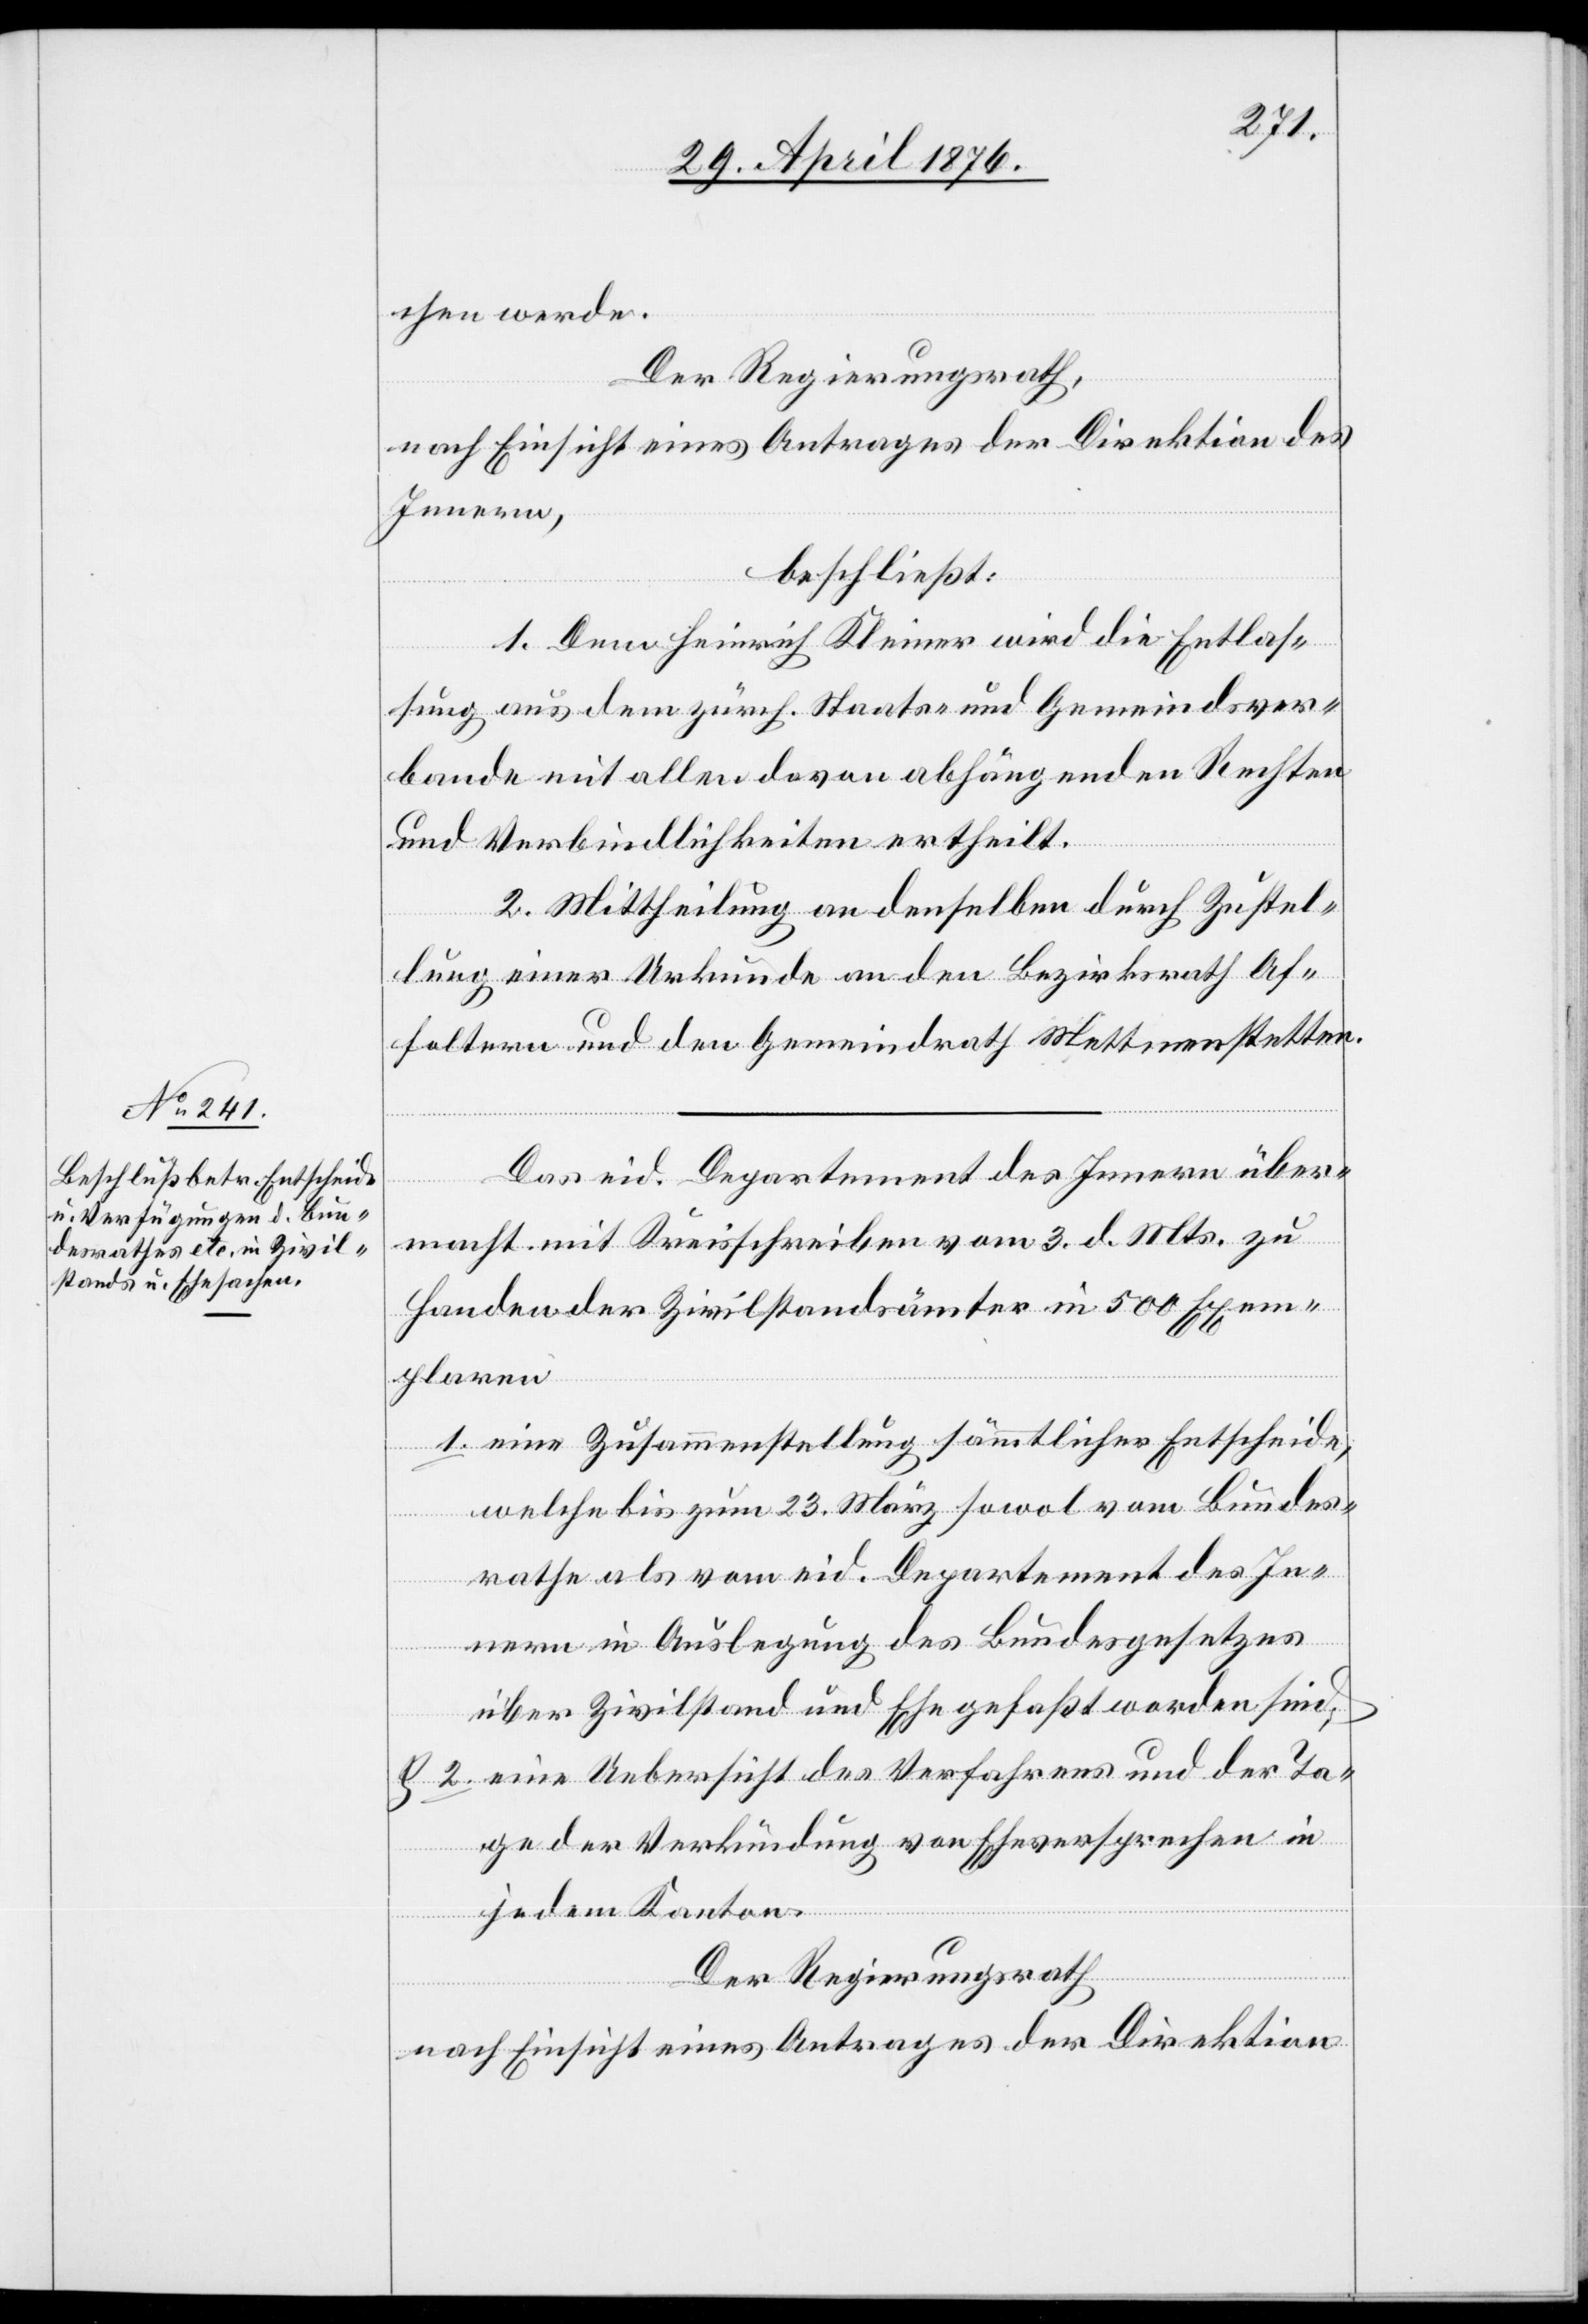
chen werde.
Der Regierungsrath,
nach Einsicht eines Antrages der Direktion des
Innern,
beschließt:
1. Dem Heinrich Kleiner wird die Entlas¬
sung aus dem zürch. Staats- und Gemeindever¬
bande mit allen davon abhängenden Rechten
und Verbindlichkeiten ertheilt.
2. Mittheilung an denselben durch Zustel¬
lung einer Urkunde an den Bezirksrath Af¬
foltern und den Gemeindrath Mettmenstetten.
Das eid. Departement des Innern über¬
macht mit Kreisschreiben vom 3. d. Mts. zu
Handen der Zivilstandsämter in 500 Exem¬
plaren
1. eine Zusammenstellung sämmtlicher Entscheide,
welche bis zum 23. März sowol vom Bundes¬
rathe als vom eid. Departement des In¬
nern in Auslegung des Bundesgesetzes
über Zivilstand und Ehe gefaßt worden sind,
& 2. eine Uebersicht des Verfahrens und der Ta¬
ge der Verkündung von Eheversprechen in
jedem Kanton.
Der Regierungsrath
nach Einsicht eines Antrages der Direktion